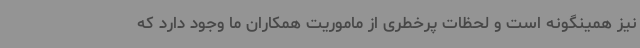
نیز همینگونه است و لحظات پرخطری از ماموریت همکاران ما وجود دارد که